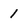
Character: 1